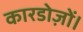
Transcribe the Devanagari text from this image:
कारडोज़ों।